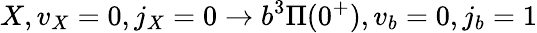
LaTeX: X,v_{X}=0,j_{X}=0\to b^{3}\Pi(0^{+}),v_{b}=0,j_{b}=1